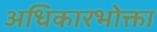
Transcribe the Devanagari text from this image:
अधिकारभोक्ता